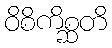
ဝိစိကိစ္ဆတိ